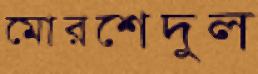
মোরশেদুল